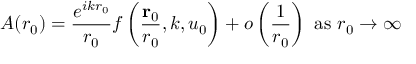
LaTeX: A ( r _ { 0 } ) = { \frac { e ^ { i k r _ { 0 } } } { r _ { 0 } } } f \left( { \frac { \mathbf { r } _ { 0 } } { r _ { 0 } } } , k , u _ { 0 } \right) + o \left( { \frac { 1 } { r _ { 0 } } } \right) { \mathrm { ~ a s ~ } } r _ { 0 } \to \infty